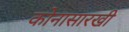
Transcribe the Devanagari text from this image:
कोनासारखी